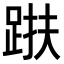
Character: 𨁜